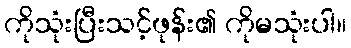
ကိုသုံးပြီးသင့်ဖုန်း၏ ကိုမသုံးပါ။